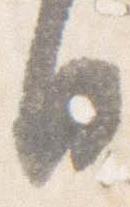
日